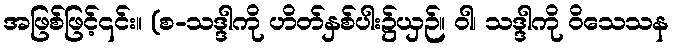
အဖြစ်ဖြင့်၎င်း။ (စ-သဒ္ဒါကို ဟိတ်နှစ်ပါး၌ယှဉ်။ ဝါ၊ သဒ္ဒါကို ဝိသေသန